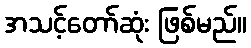
အသင့်တော်ဆုံး ဖြစ်မည်။